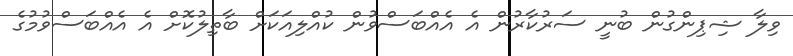
ވިލާ ޝިޕިންގުން ބުނީ ސަރުކާރުން އެ އެއްބަސްވުން ކުއްލިއަކަށް ބާތިލުކޮށް އެ އެއްބަސްވުމުގެ